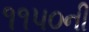
૧૧૫૦ની